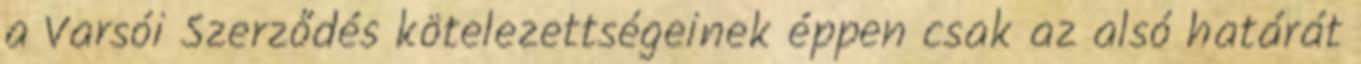
a Varsói Szerződés kötelezettségeinek éppen csak az alsó határát